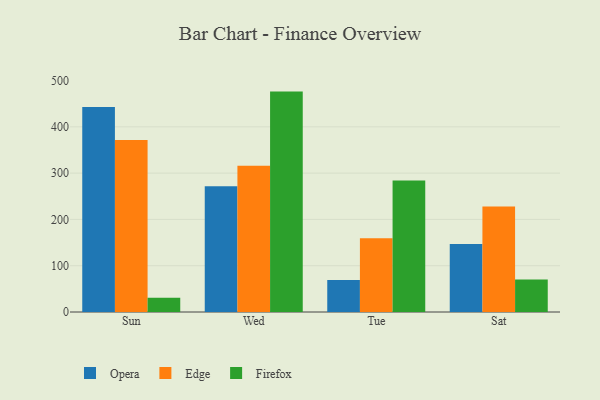
{"axis": {"x": "Day", "y": "Backlog"}, "legend": ["Edge", "Firefox", "Opera"], "data": [{"x": "Sun", "y": 443.1, "type": "Opera"}, {"x": "Sun", "y": 371.8, "type": "Edge"}, {"x": "Sun", "y": 30.6, "type": "Firefox"}, {"x": "Wed", "y": 271.5, "type": "Opera"}, {"x": "Wed", "y": 316.0, "type": "Edge"}, {"x": "Wed", "y": 476.1, "type": "Firefox"}, {"x": "Tue", "y": 69.2, "type": "Opera"}, {"x": "Tue", "y": 159.1, "type": "Edge"}, {"x": "Tue", "y": 284.0, "type": "Firefox"}, {"x": "Sat", "y": 146.9, "type": "Opera"}, {"x": "Sat", "y": 228.0, "type": "Edge"}, {"x": "Sat", "y": 70.0, "type": "Firefox"}]}